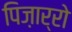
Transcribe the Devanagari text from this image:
पिज़ार्रो